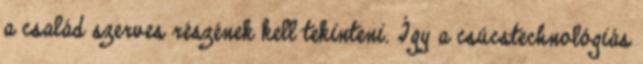
a család szerves részének kell tekinteni. Így a csúcstechnológiás